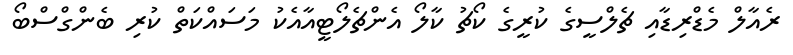
ރެެއާލް މެޑްރިޑާއި ޗެލްސީގެ ކުރީގެ ކޯޗު ކާލޯ އެންޗެލޯޓީއާއެކު މަސައްކަތް ކުރި ބެންގްސްބޯ